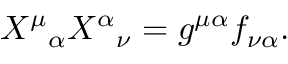
X ^ { \mu } { } _ { \alpha } X ^ { \alpha } { } _ { \nu } = g ^ { \mu \alpha } f _ { \nu \alpha } .